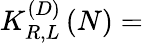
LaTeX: K_{R,L}^{\left(D\right)}\left(N\right)=